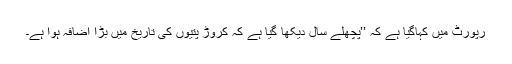
رپورٹ میں کہاگیا ہے کہ ’’پچھلے سال دیکھا گیا ہے کہ کروڑ پتیوں کی تاریخ میں بڑا اضافہ ہوا ہے۔